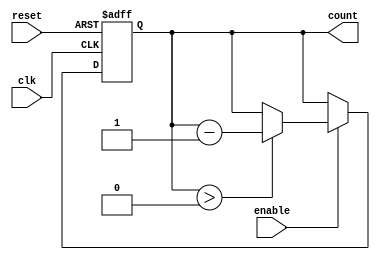
module down_counter (
    input wire clk,        // Clock signal
    input wire reset,      // Asynchronous reset signal
    input wire enable,     // Enable signal for counting down
    output reg [N-1:0] count // Current value of the counter
);
    parameter N = 4; // Number of bits for the counter (adjust as needed)
    localparam MAX_COUNT = (1 << N) - 1; // Maximum count value (2^N - 1)

    // Asynchronous reset and counting logic
    always @(posedge clk or posedge reset) begin
        if (reset) begin
            count <= MAX_COUNT; // Reset to maximum value
        end else if (enable) begin
            if (count > 0) begin
                count <= count - 1; // Decrement the counter
            end
            // If count is 0, it will hold at 0
        end
        // If enable is low, the counter retains its value
    end

endmodule